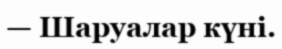
— Шаруалар күні.